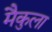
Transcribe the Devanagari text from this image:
मैकुला